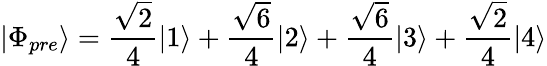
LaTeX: |\Phi_{pre}\rangle=\frac{\sqrt{2}}{4}|1\rangle+\frac{\sqrt{6}}{4}|2\rangle+\frac{\sqrt{6}}{4}|3\rangle+\frac{\sqrt{2}}{4}|4\rangle